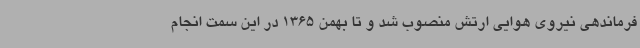
فرماندهی نیروی هوایی ارتش منصوب شد و تا بهمن 1365 در این سمت انجام